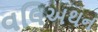
વલિઅથન